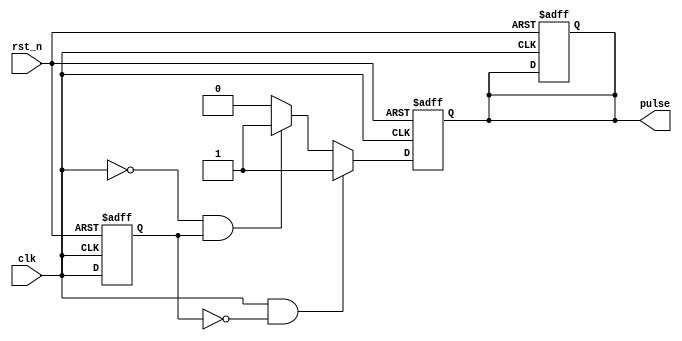
module pulse_edge_detector (
    input wire clk,       // Input signal
    input wire rst_n,     // Active low reset signal
    output reg pulse      // Output pulse signal
);

    reg clk_prev;         // Previous state of the input signal

    // Sequential logic to store the previous state of the input signal
    always @(posedge clk or negedge rst_n) begin
        if (!rst_n) begin
            clk_prev <= 1'b0; // Initialize previous state to low on reset
            pulse <= 1'b0;     // Initialize pulse to low on reset
        end else begin
            clk_prev <= clk;   // Update previous state to current state
        end
    end

    // Combinational logic to detect edges and generate pulse
    always @(posedge clk or negedge rst_n) begin
        if (!rst_n) begin
            pulse <= 1'b0;     // Reset pulse to low on reset
        end else begin
            // Edge detection logic
            if (clk && !clk_prev) begin
                pulse <= 1'b1;  // Rising edge detected
            end else if (!clk && clk_prev) begin
                pulse <= 1'b1;  // Falling edge detected
            end else begin
                pulse <= 1'b0;   // No edge detected
            end
        end
    end

endmodule